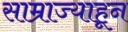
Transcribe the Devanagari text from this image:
साम्राज्याहून